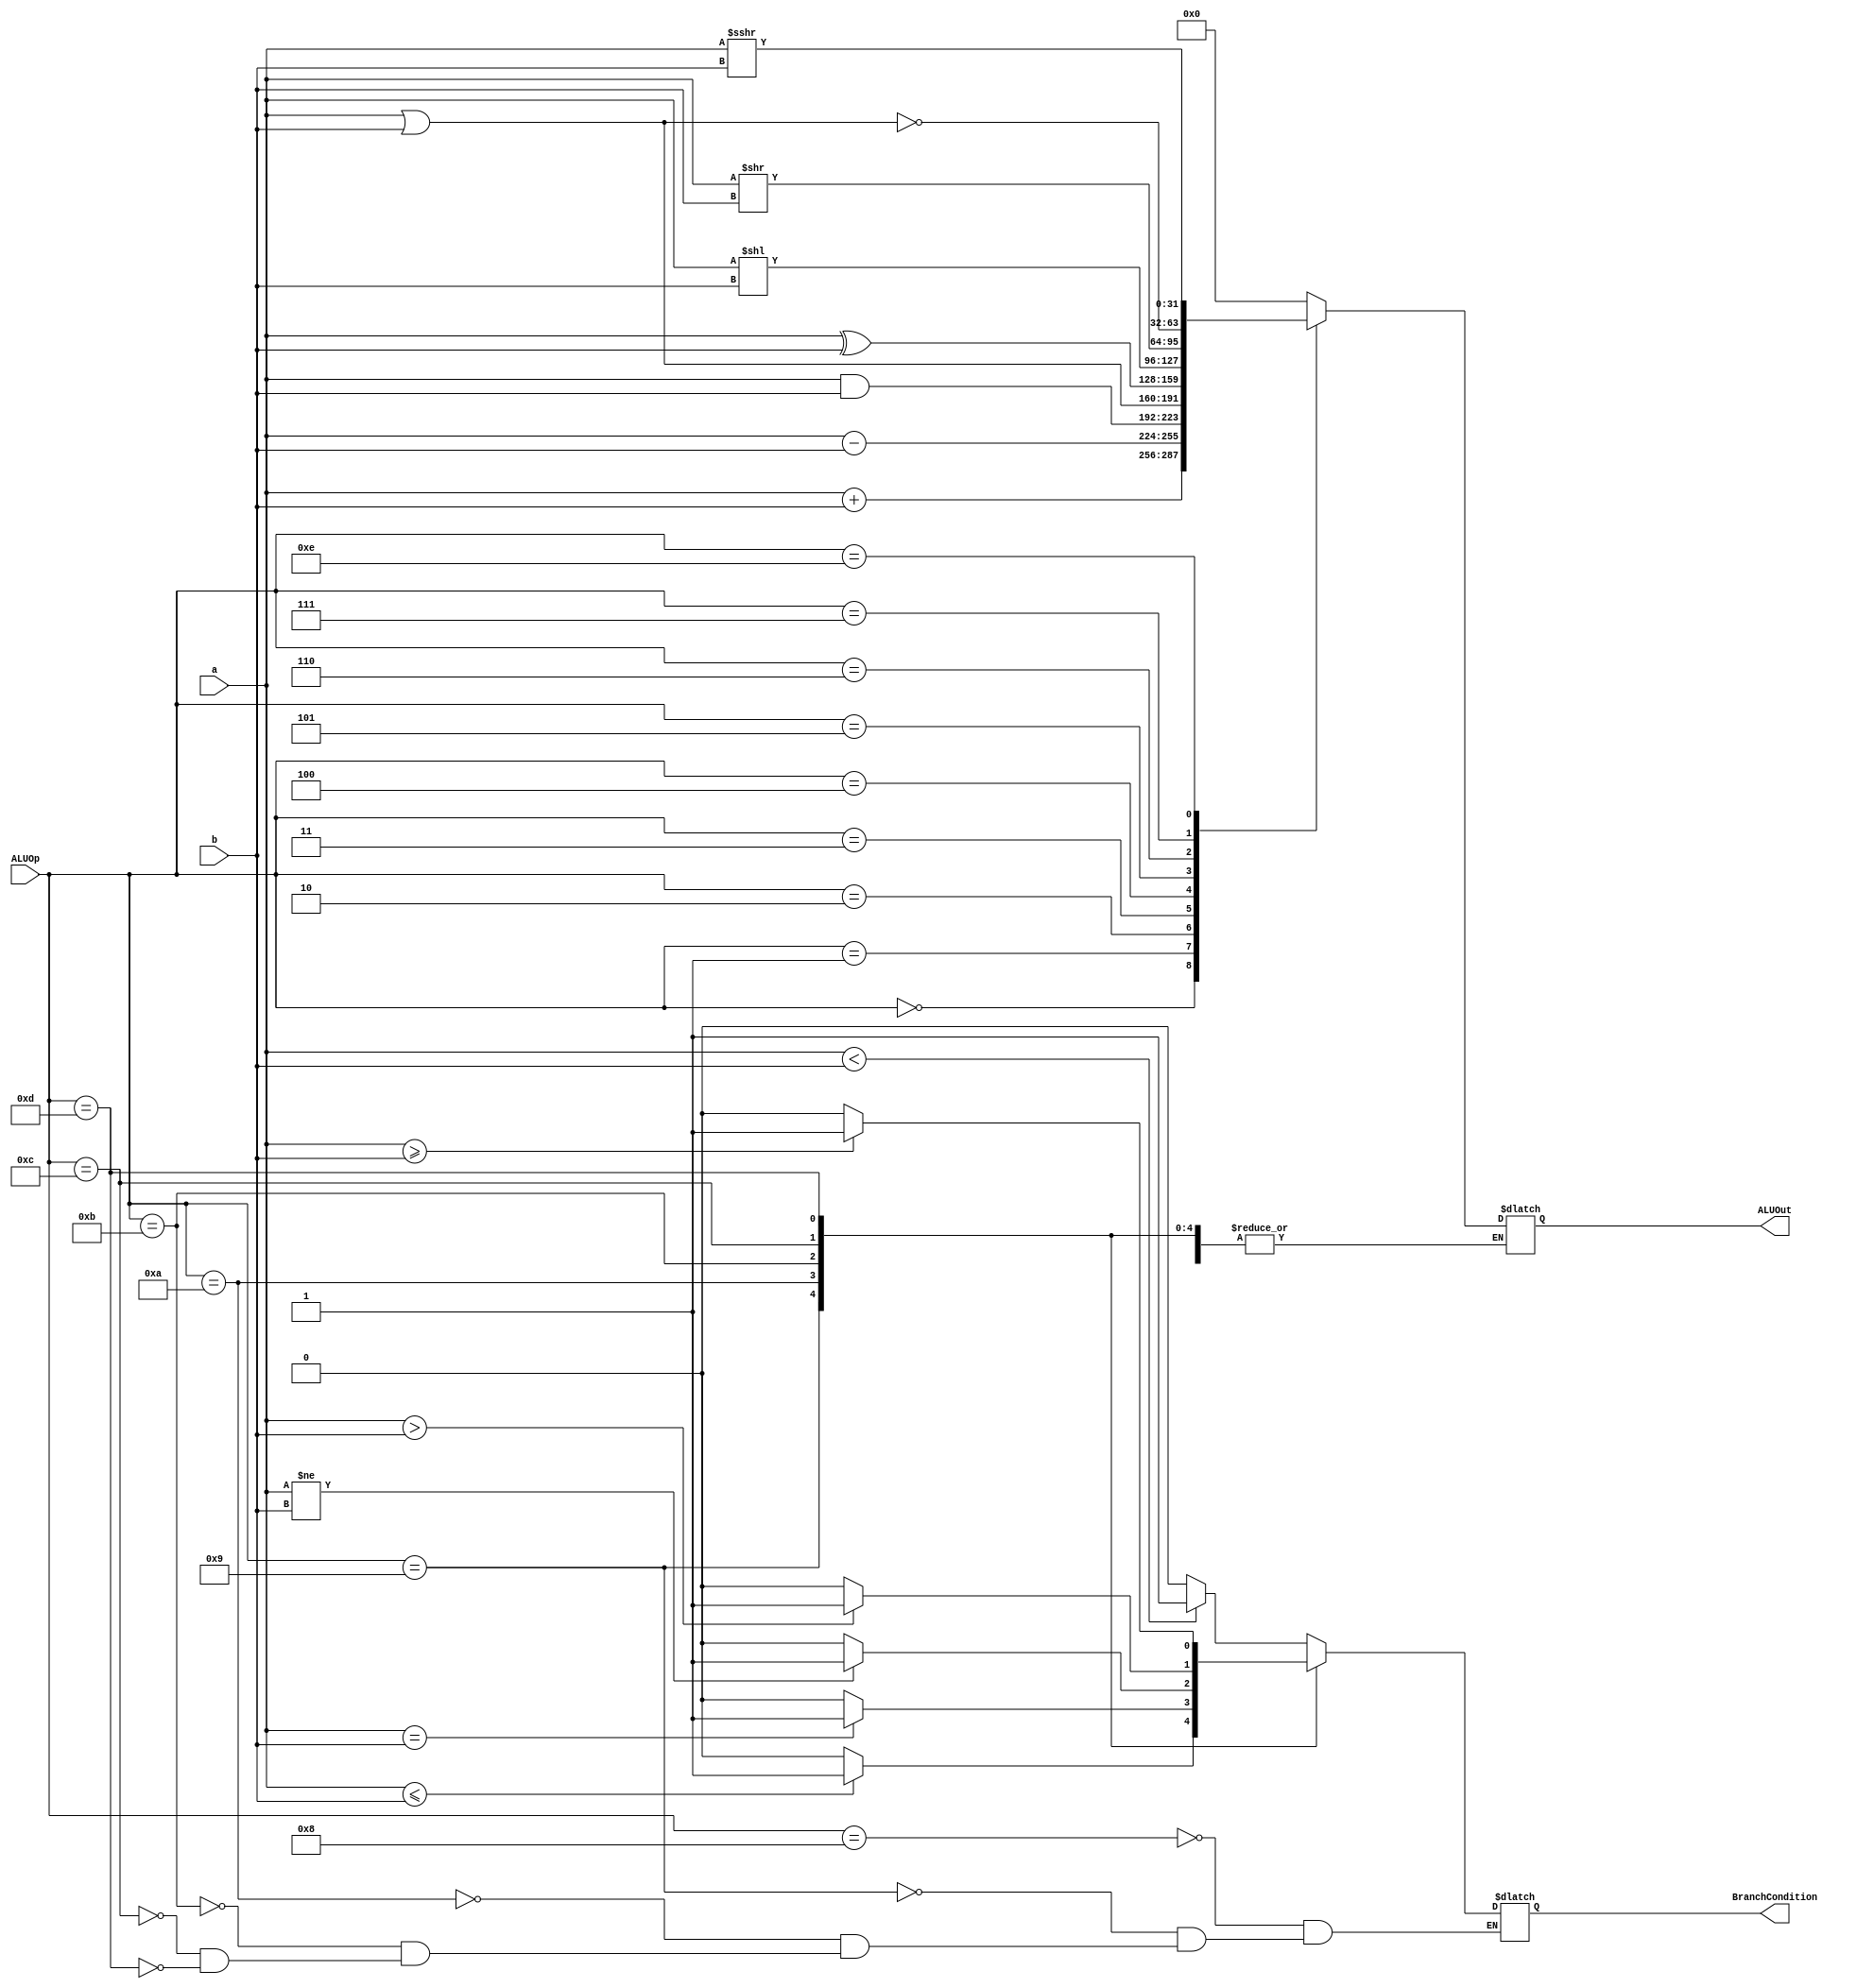
/*
  ALU := Algebraic Logic Unit

  | ALUOp | Description |
  | ----- | ----------- |
  | 0000  | alu_out <- in1 + in2 |
  | 0001  | alu_out <- in1 - in2 |
  | 0010  | alu_out <- in1 & in2 |
  | 0011  | alu_out <- in1 \| in2 |
  | 0100  | alu_out <- in1 ^ in2 |
  | 0101  | alu_out <- in1 << in2 |
  | 0110  | alu_out <- in1 >> in2 |
  | 0111  | alu_out <- ~(in1 \| in2) |
  | 1000  | alu_out <- in1 < in2 |
  | 1001  | alu_out <- in1 <= in2 |
  | 1010  | alu_out <- in1 != in2 |
  | 1011  | alu_out <- in1 == in2 |
  | 1100  | alu_out <- in1 > in2 |
  | 1101  | alu_out <- in1 >= in2 |
  | 1110  | alu_out <- in1 >>> in2 |
*/


module alu (
    input [31:0] a,
    input [31:0] b,
    input [3:0] ALUOp,
    output [31:0] ALUOut,
    output BranchCondition
);

  parameter ADD = 4'b0000;
  parameter SUB = 4'b0001;
  parameter AND = 4'b0010;
  parameter OR = 4'b0011;
  parameter XOR = 4'b0100;
  parameter SLL = 4'b0101;
  parameter SRL = 4'b0110;
  parameter NOR = 4'b0111;
  parameter SLT = 4'b1000;
  parameter SLE = 4'b1001;
  parameter SEQ = 4'b1010;
  parameter SNE = 4'b1011;
  parameter SGT = 4'b1100;
  parameter SGE = 4'b1101;
  parameter SRA = 4'b1110;

  reg [31:0] alu_out;
  reg branch_condition;

  always @(*) begin
    case (ALUOp)
      /* default */
      default: alu_out = 0;
      /* algebra */
      ADD: alu_out = a + b;
      SUB: alu_out = a - b;
      AND: alu_out = a & b;
      OR: alu_out = a | b;
      XOR: alu_out = a ^ b;
      SLL: alu_out = a << b;
      SRL: alu_out = a >> b;
      NOR: alu_out = ~(a | b);
      SRA: alu_out = a >>> b;
      /* branch */
      SLT: branch_condition = (a < b) ? 1 : 0;
      SLE: branch_condition = (a <= b) ? 1 : 0;
      SEQ: branch_condition = (a == b) ? 1 : 0;
      SNE: branch_condition = (a != b) ? 1 : 0;
      SGT: branch_condition = (a > b) ? 1 : 0;
      SGE: branch_condition = (a >= b) ? 1 : 0;
    endcase
  end

  assign ALUOut = alu_out;
  assign BranchCondition = branch_condition;

endmodule